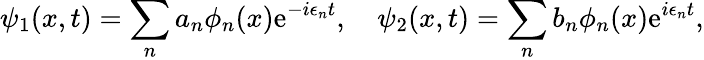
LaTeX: \psi_{1}(x,t)=\sum_{n}a_{n}\phi_{n}(x)\mathrm{e}^{-i\epsilon_{n}t},\quad\psi_{2}(x,t)=\sum_{n}b_{n}\phi_{n}(x)\mathrm{e}^{i\epsilon_{n}t},